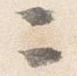
ニ